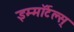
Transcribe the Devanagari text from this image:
इम्मॉर्टल्स्